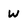
Character: w